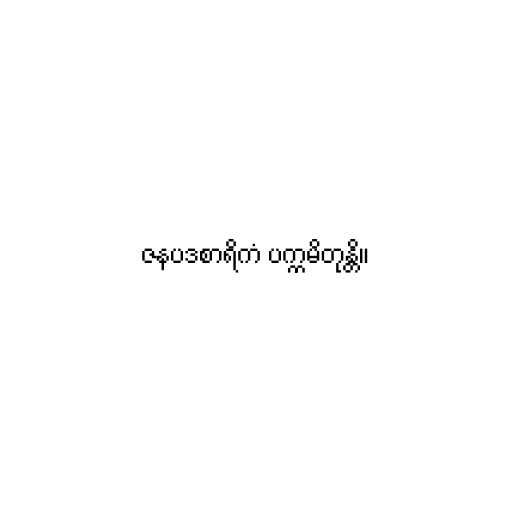
ဇနပဒစာရိကံ ပက္ကမိတုန္တိ။